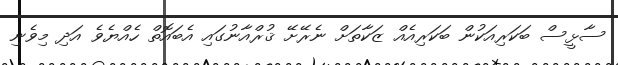
ސާޅީސް ބަކަރިއަކުން ބަކަރިއެއް ޒަކާތަށް ނެރޭށޭ ޤުރްއާނުގައި އެބައޮތް ހެއްޔެވެ އަދި މިވެނި